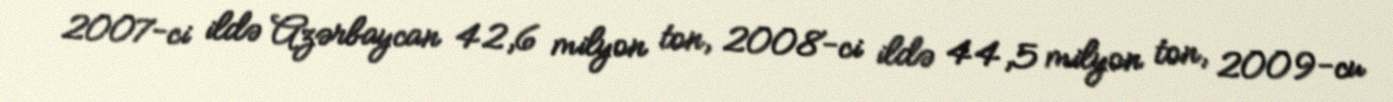
2007-ci ildə Azərbaycan 42,6 milyon ton, 2008-ci ildə 44,5 milyon ton, 2009-cu